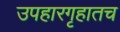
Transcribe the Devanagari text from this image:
उपहारगृहातच